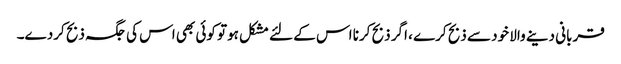
قربانی دینے والا خود سے ذبح کرے ، اگر ذبح کرنا اس کے لئے مشکل ہوتو کوئی بھی اس کی جگہ ذبح کردے۔